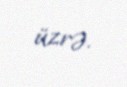
üzrə.